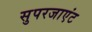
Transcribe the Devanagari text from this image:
सुपरजाएंट